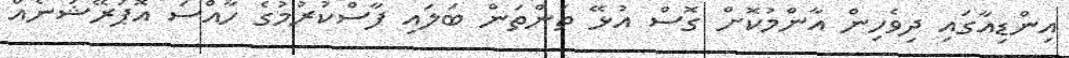
އިންޑިއާގައި ދިވެހިން އާންމުކޮށް ގޮސް އުޅޭ ތަންތަން ބަލައި ފާސްކުރުމުގެ ހާއްސަ އޮޕަރޭޝަނެއް